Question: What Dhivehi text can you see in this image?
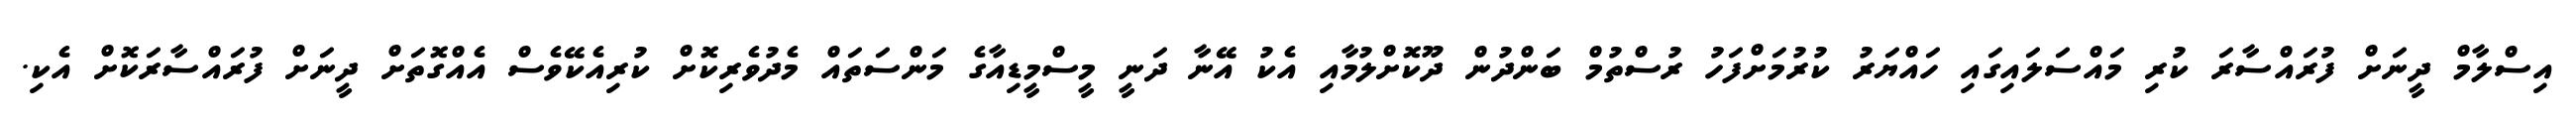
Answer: އިސްލާމް ދީނަށް ފުރައްސާރަ ކުރި މައްސަލައިގައި ހައްޔަރު ކުރުމަށްފަހު ރުސްތުމް ބަންދުން ދޫކޮށްލުމާއި އެކު އޭނާ ދަނީ މީސްމީޑިއާގެ މަންސަތައް މެދުވެރިކޮށް ކުރިއެކޭވެސް އެއްގޮތަށް ދީނަށް ފުރައްސާރަކޮށް އެކި.